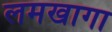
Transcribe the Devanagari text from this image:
लमखागा